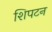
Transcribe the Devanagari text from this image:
शिपटन